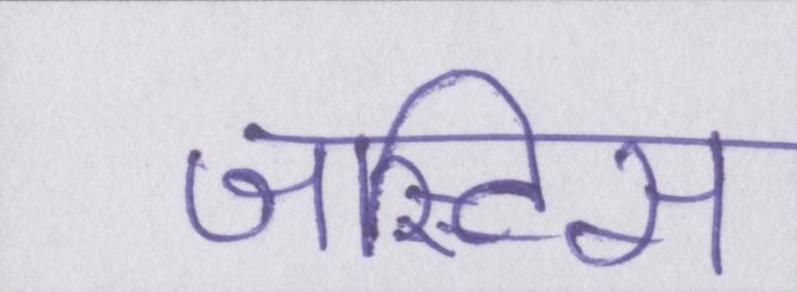
जस्टिस